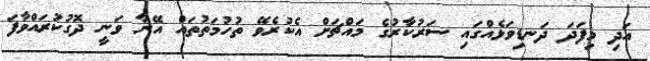
އަދި މިފަދަ ދަނޑިވަޅެއްގައި ސަރުކާރުގެ މައްޗަށް އެކުރެވޭ ތުހުމަތުތައް އޭނާ ވަނީ ދޮގުކުރައްވާފަ